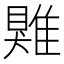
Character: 𩀎